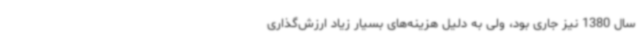
سال 1380 نیز جاری بود، ولی به دلیل هزینه‌های بسیار زیاد ارزش‌گذاری